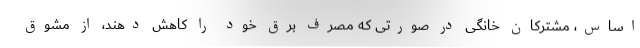
اساس، مشترکان خانگی در صورتی که مصرف برق خود را کاهش دهند، از مشوق